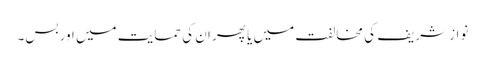
نواز شریف کی مخالفت میں یا پھر ان کی حمایت میں اور بس۔